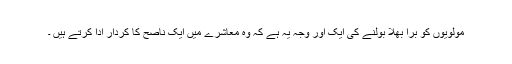
مولویوں کو برا بھلا بولنے کی ایک اور وجہ یہ ہے کہ وہ معاشرے میں ایک ناصح کا کردار ادا کرتے ہیں ۔